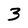
Character: 3